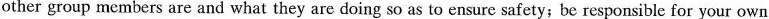
other group members are and what they are doing so as to ensure safety;be responsible for your own